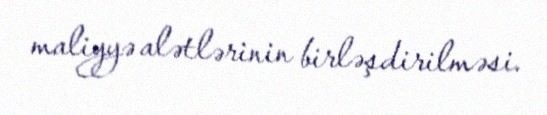
maliyyə alətlərinin birləşdirilməsi.